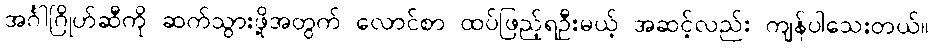
အင်္ဂါဂြိုဟ်ဆီကို ဆက်သွားဖို့အတွက် လောင်စာ ထပ်ဖြည့်ရဦးမယ့် အဆင့်လည်း ကျန်ပါသေးတယ်။